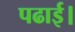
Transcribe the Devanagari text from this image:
पढाई।